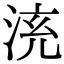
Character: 𣴹